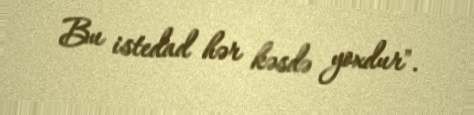
Bu istedad hər kəsdə yoxdur".